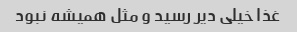
غذا خیلی دیر رسید و مثل همیشه نبود